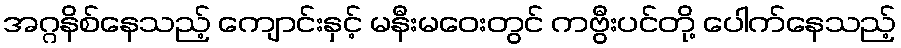
အဂ္ဂနိစ်နေသည့် ကျောင်းနှင့် မနီးမဝေးတွင် ကဗွီးပင်တို့ ပေါက်နေသည့်